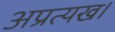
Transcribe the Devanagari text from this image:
अप्रत्यख।